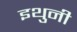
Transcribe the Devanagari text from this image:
इथुनी